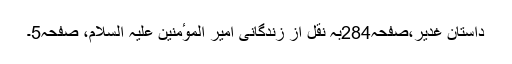
داستانِ غدیر،صفحہ284بہ نقل از زندگانیِ امیر الموٴمنین علیہ السلام، صفحہ5۔